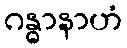
ဂန္ဓာနာဟံ